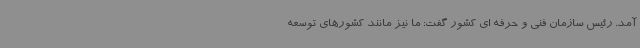
آمد. رئیس سازمان فنی و حرفه ای کشور گفت: ما نیز مانند کشورهای توسعه